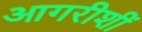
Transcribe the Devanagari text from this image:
आगरीशीं